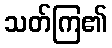
သတ်ကြ၏